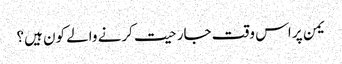
یمن پر اس وقت جارحیت کرنے والے کون ہیں؟